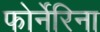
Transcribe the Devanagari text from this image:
फोर्नेरिना